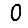
Digit: 0